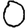
Digit: 0